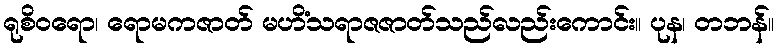
ရုစိဝရော၊ ရောမကဇာတ် မဟိံသရာဇဇာတ်သည်လည်းကောင်း။ ပုန၊ တဘန်။